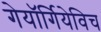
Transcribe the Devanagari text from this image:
गेयॉर्गियेविच